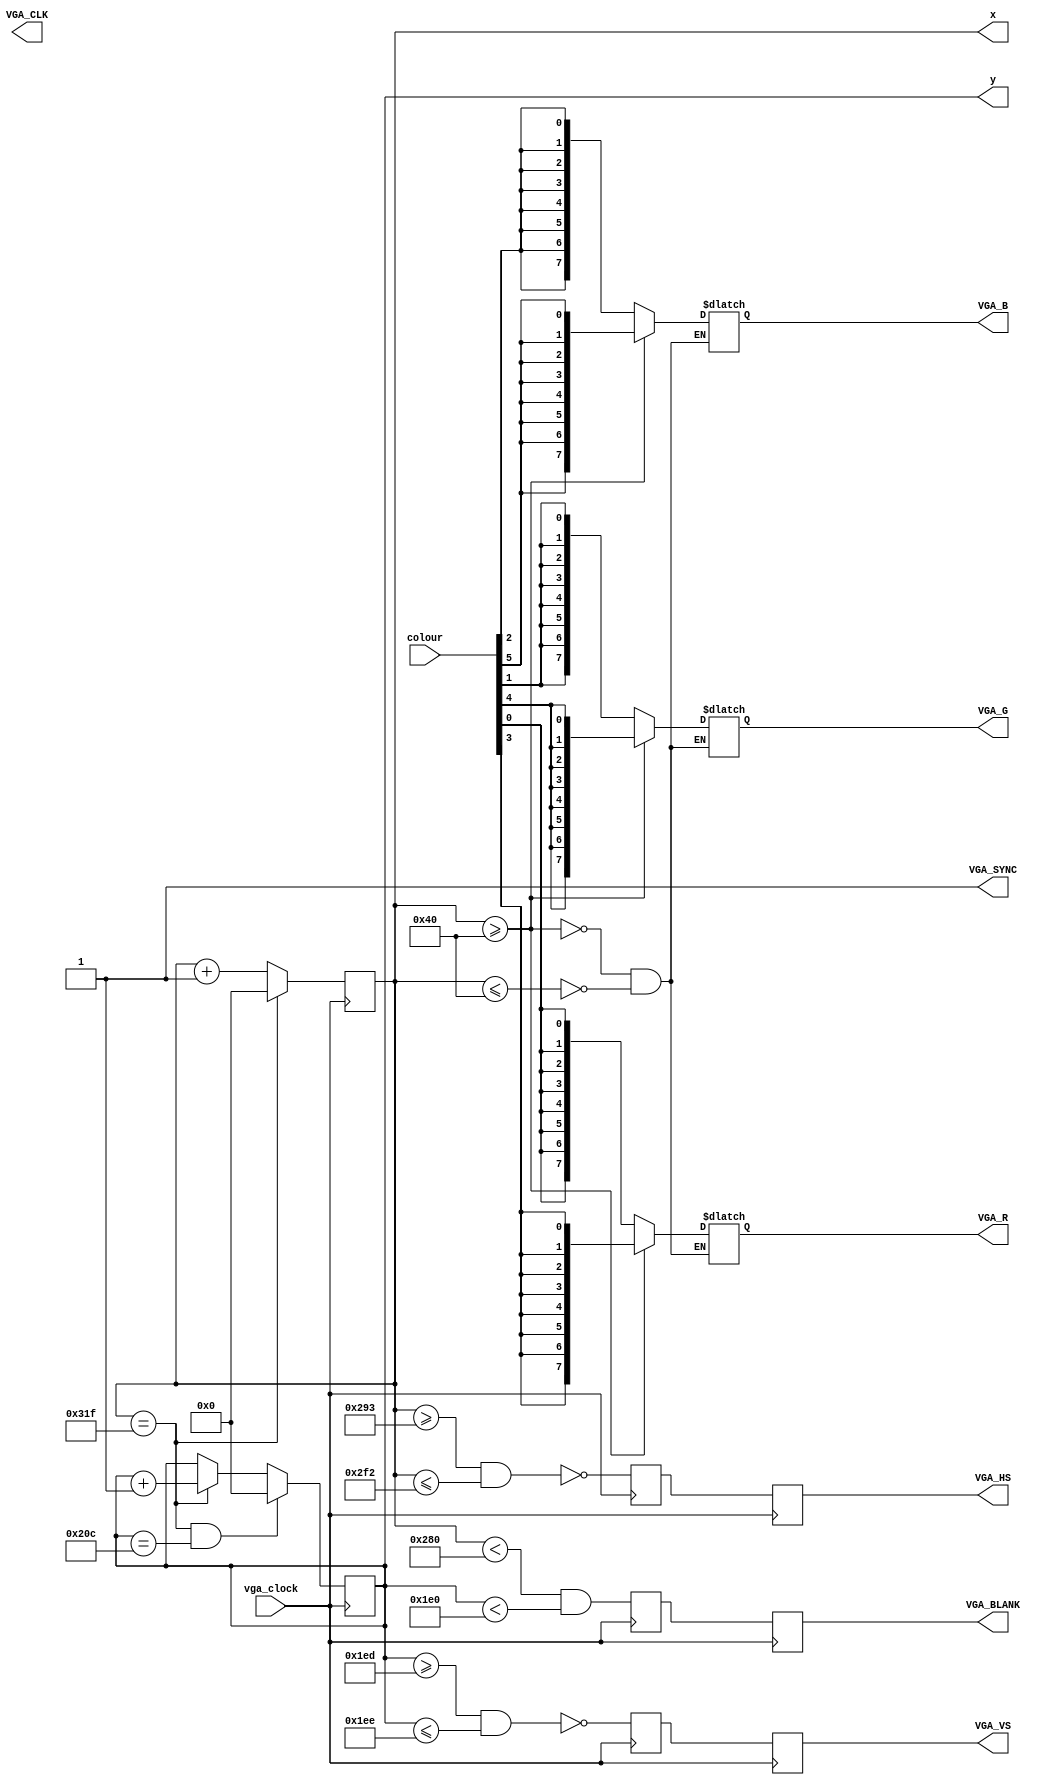
module vga_controller( vga_clock, colour, x, y,	VGA_R, VGA_G, VGA_B, VGA_HS, VGA_VS, VGA_BLANK,
	VGA_SYNC, VGA_CLK);	

	parameter C_VERT_NUM_PIXELS  = 10'd480;
	parameter C_VERT_SYNC_START  = 10'd493;
	parameter C_VERT_SYNC_END    = 10'd494; //(C_VERT_SYNC_START + 2 - 1); 
	parameter C_VERT_TOTAL_COUNT = 10'd525;
	parameter C_HORZ_NUM_PIXELS  = 10'd640;
	parameter C_HORZ_SYNC_START  = 10'd659;
	parameter C_HORZ_SYNC_END    = 10'd754; //(C_HORZ_SYNC_START + 96 - 1); 
	parameter C_HORZ_TOTAL_COUNT = 10'd800;	

		



	input			vga_clock;
	input	[5:0]	colour;
	
	output	[9:0]	x;
	output	[9:0]	y;
	output reg[7:0] VGA_R;
	output reg[7:0] VGA_G;
	output reg[7:0] VGA_B;
	output reg		VGA_HS;
	output reg		VGA_VS;
	output reg		VGA_BLANK;
	output			VGA_SYNC;
	output			VGA_CLK;

	

	reg				VGA_HS1;
	reg				VGA_VS1;
	reg				VGA_BLANK1; 
	reg		[9:0]	xCounter=0;
	reg		[9:0]	yCounter=0;
	wire			xCounter_clear;
	wire			yCounter_clear;



	always @(posedge vga_clock)
	begin
		if (xCounter_clear)
			xCounter <= 10'd0;
		else
		begin
			xCounter <= xCounter + 1'b1;
		end
	end
	assign xCounter_clear = (xCounter == (C_HORZ_TOTAL_COUNT-1));



	always @(posedge vga_clock)
	begin
		if (xCounter_clear && yCounter_clear)
			yCounter <= 10'd0;
		else if (xCounter_clear)		//Increment when x counter resets
			yCounter <= yCounter + 1'b1;
	end
	
	assign yCounter_clear = (yCounter == (C_VERT_TOTAL_COUNT-1)); 
	assign x = xCounter;
	assign y = yCounter;

	

	always @(posedge vga_clock)
	begin
		VGA_HS1 <= ~((xCounter >= C_HORZ_SYNC_START) && (xCounter <= C_HORZ_SYNC_END));
		VGA_VS1 <= ~((yCounter >= C_VERT_SYNC_START) && (yCounter <= C_VERT_SYNC_END));
		VGA_BLANK1 <= ((xCounter < C_HORZ_NUM_PIXELS) && (yCounter < C_VERT_NUM_PIXELS));	

		VGA_HS <= VGA_HS1;
		VGA_VS <= VGA_VS1;
		VGA_BLANK <= VGA_BLANK1;	

	end

	

	/* VGA sync should be 1 at all times. */

	assign VGA_SYNC = 1'b1;

	

	always @(colour)

begin
if(xCounter<=10'b0001000000)begin
VGA_R<={8{colour[0]}};
VGA_G<={8{colour[1]}};
VGA_B<={8{colour[2]}};	

end
if(xCounter>=10'b0001000000)begin
VGA_R<={8{colour[3]}};
VGA_G<={8{colour[4]}};
VGA_B<={8{colour[5]}};		
end
end
endmodule